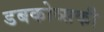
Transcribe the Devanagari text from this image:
डबकोव्सकी